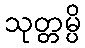
သုတ္တမ္ပိ